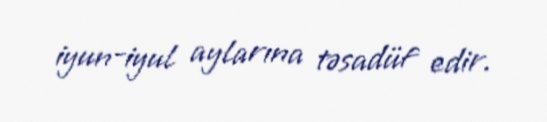
iyun-iyul aylarına təsadüf edir.